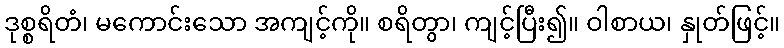
ဒုစ္စရိတံ၊ မကောင်းသော အကျင့်ကို။ စရိတွာ၊ ကျင့်ပြီး၍။ ဝါစာယ၊ နှုတ်ဖြင့်။